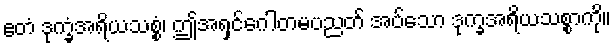
ဧတံ ဒုက္ခံအရိယသစ္စံ၊ ဤအရှင်ဂေါတမပညတ် အပ်သော ဒုက္ခအရိယသစ္စာကို။